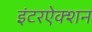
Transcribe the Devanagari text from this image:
इंटरऐक्शन